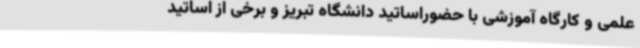
علمی و کارگاه آموزشی با حضوراساتید دانشگاه تبریز و برخی از اساتید